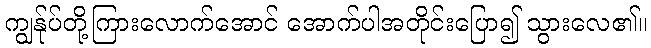
ကျွန်ုပ်တို့ကြားလောက်အောင် အောက်ပါအတိုင်းပြော၍ သွားလေ၏။